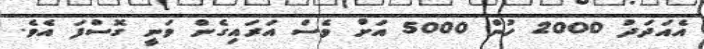
އެއަދަދު 2000 ހުން 5000 އަށް ވެސް އަރައިގެން ވަނީ ގޮސްފަ އެވެ.